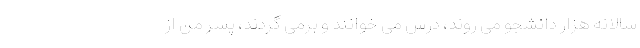
سالانه هزار دانشجو می روند، درس می خوانند و برمی گردند، پسر من از